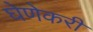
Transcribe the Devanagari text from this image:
घेणेकरी